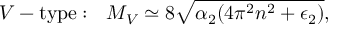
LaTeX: V - \mathrm { t y p e } : \ \ M _ { V } \simeq 8 \sqrt { \alpha _ { 2 } ( 4 \pi ^ { 2 } n ^ { 2 } + \epsilon _ { 2 } ) } ,